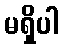
မရှိပါ